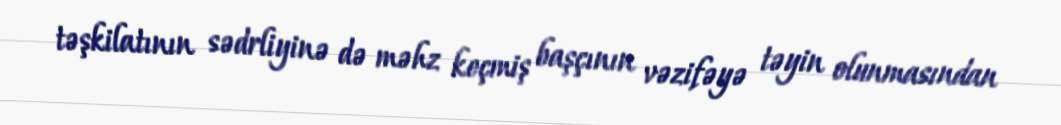
təşkilatının sədrliyinə də məhz keçmiş başçının vəzifəyə təyin olunmasından